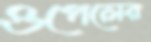
ওপেলের